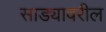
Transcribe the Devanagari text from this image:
साड्यावरील